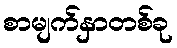
စာမျက်နှာတစ်ခု